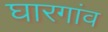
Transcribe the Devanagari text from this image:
घारगांव